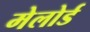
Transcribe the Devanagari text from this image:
मेलोर्ड